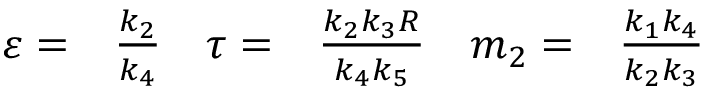
\begin{array} { r l r l r l } { \varepsilon = } & { { } \frac { k _ { 2 } } { k _ { 4 } } } & { \tau = } & { { } \frac { k _ { 2 } k _ { 3 } R } { k _ { 4 } k _ { 5 } } } & { m _ { 2 } = } & { { } \frac { k _ { 1 } k _ { 4 } } { k _ { 2 } k _ { 3 } } } \end{array}